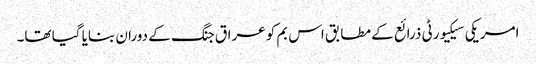
امریکی سیکیورٹی ذرائع کے مطابق اس بم کو عراق جنگ کے دوران بنایا گیا تھا۔